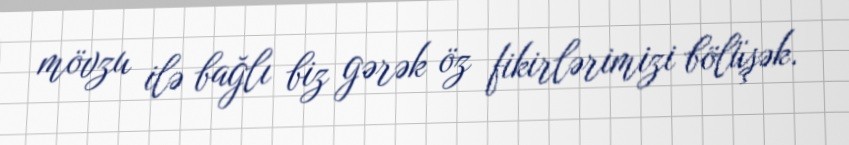
mövzu ilə bağlı biz gərək öz fikirlərimizi bölüşək.